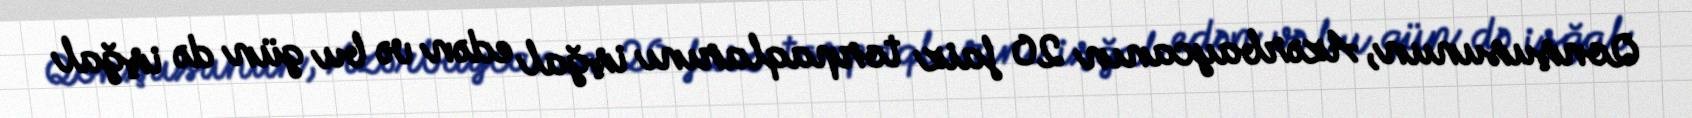
Qonşusunun, Azərbaycanın 20 faiz torpaqlarını işğal edən və bu gün də işğal